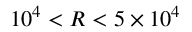
1 0 ^ { 4 } < R < 5 \times 1 0 ^ { 4 }